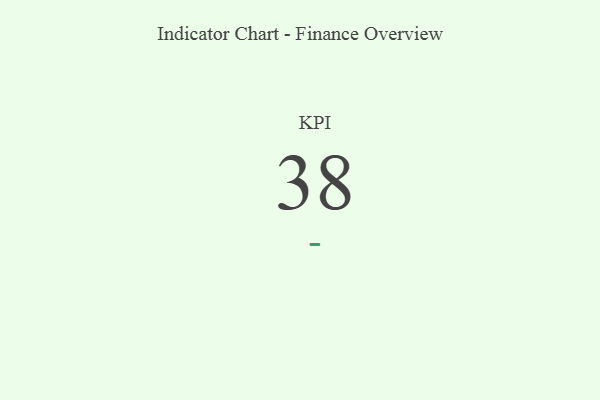
{"axis": {"x": "KPI", "y": "Value"}, "legend": [""], "data": [{"x": "KPI", "y": 38, "type": ""}]}